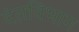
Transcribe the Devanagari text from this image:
दंतविभाग